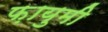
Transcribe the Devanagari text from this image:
फ़ायुमी